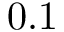
0 . 1